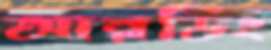
আরডিং